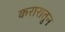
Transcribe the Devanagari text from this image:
करारातुन